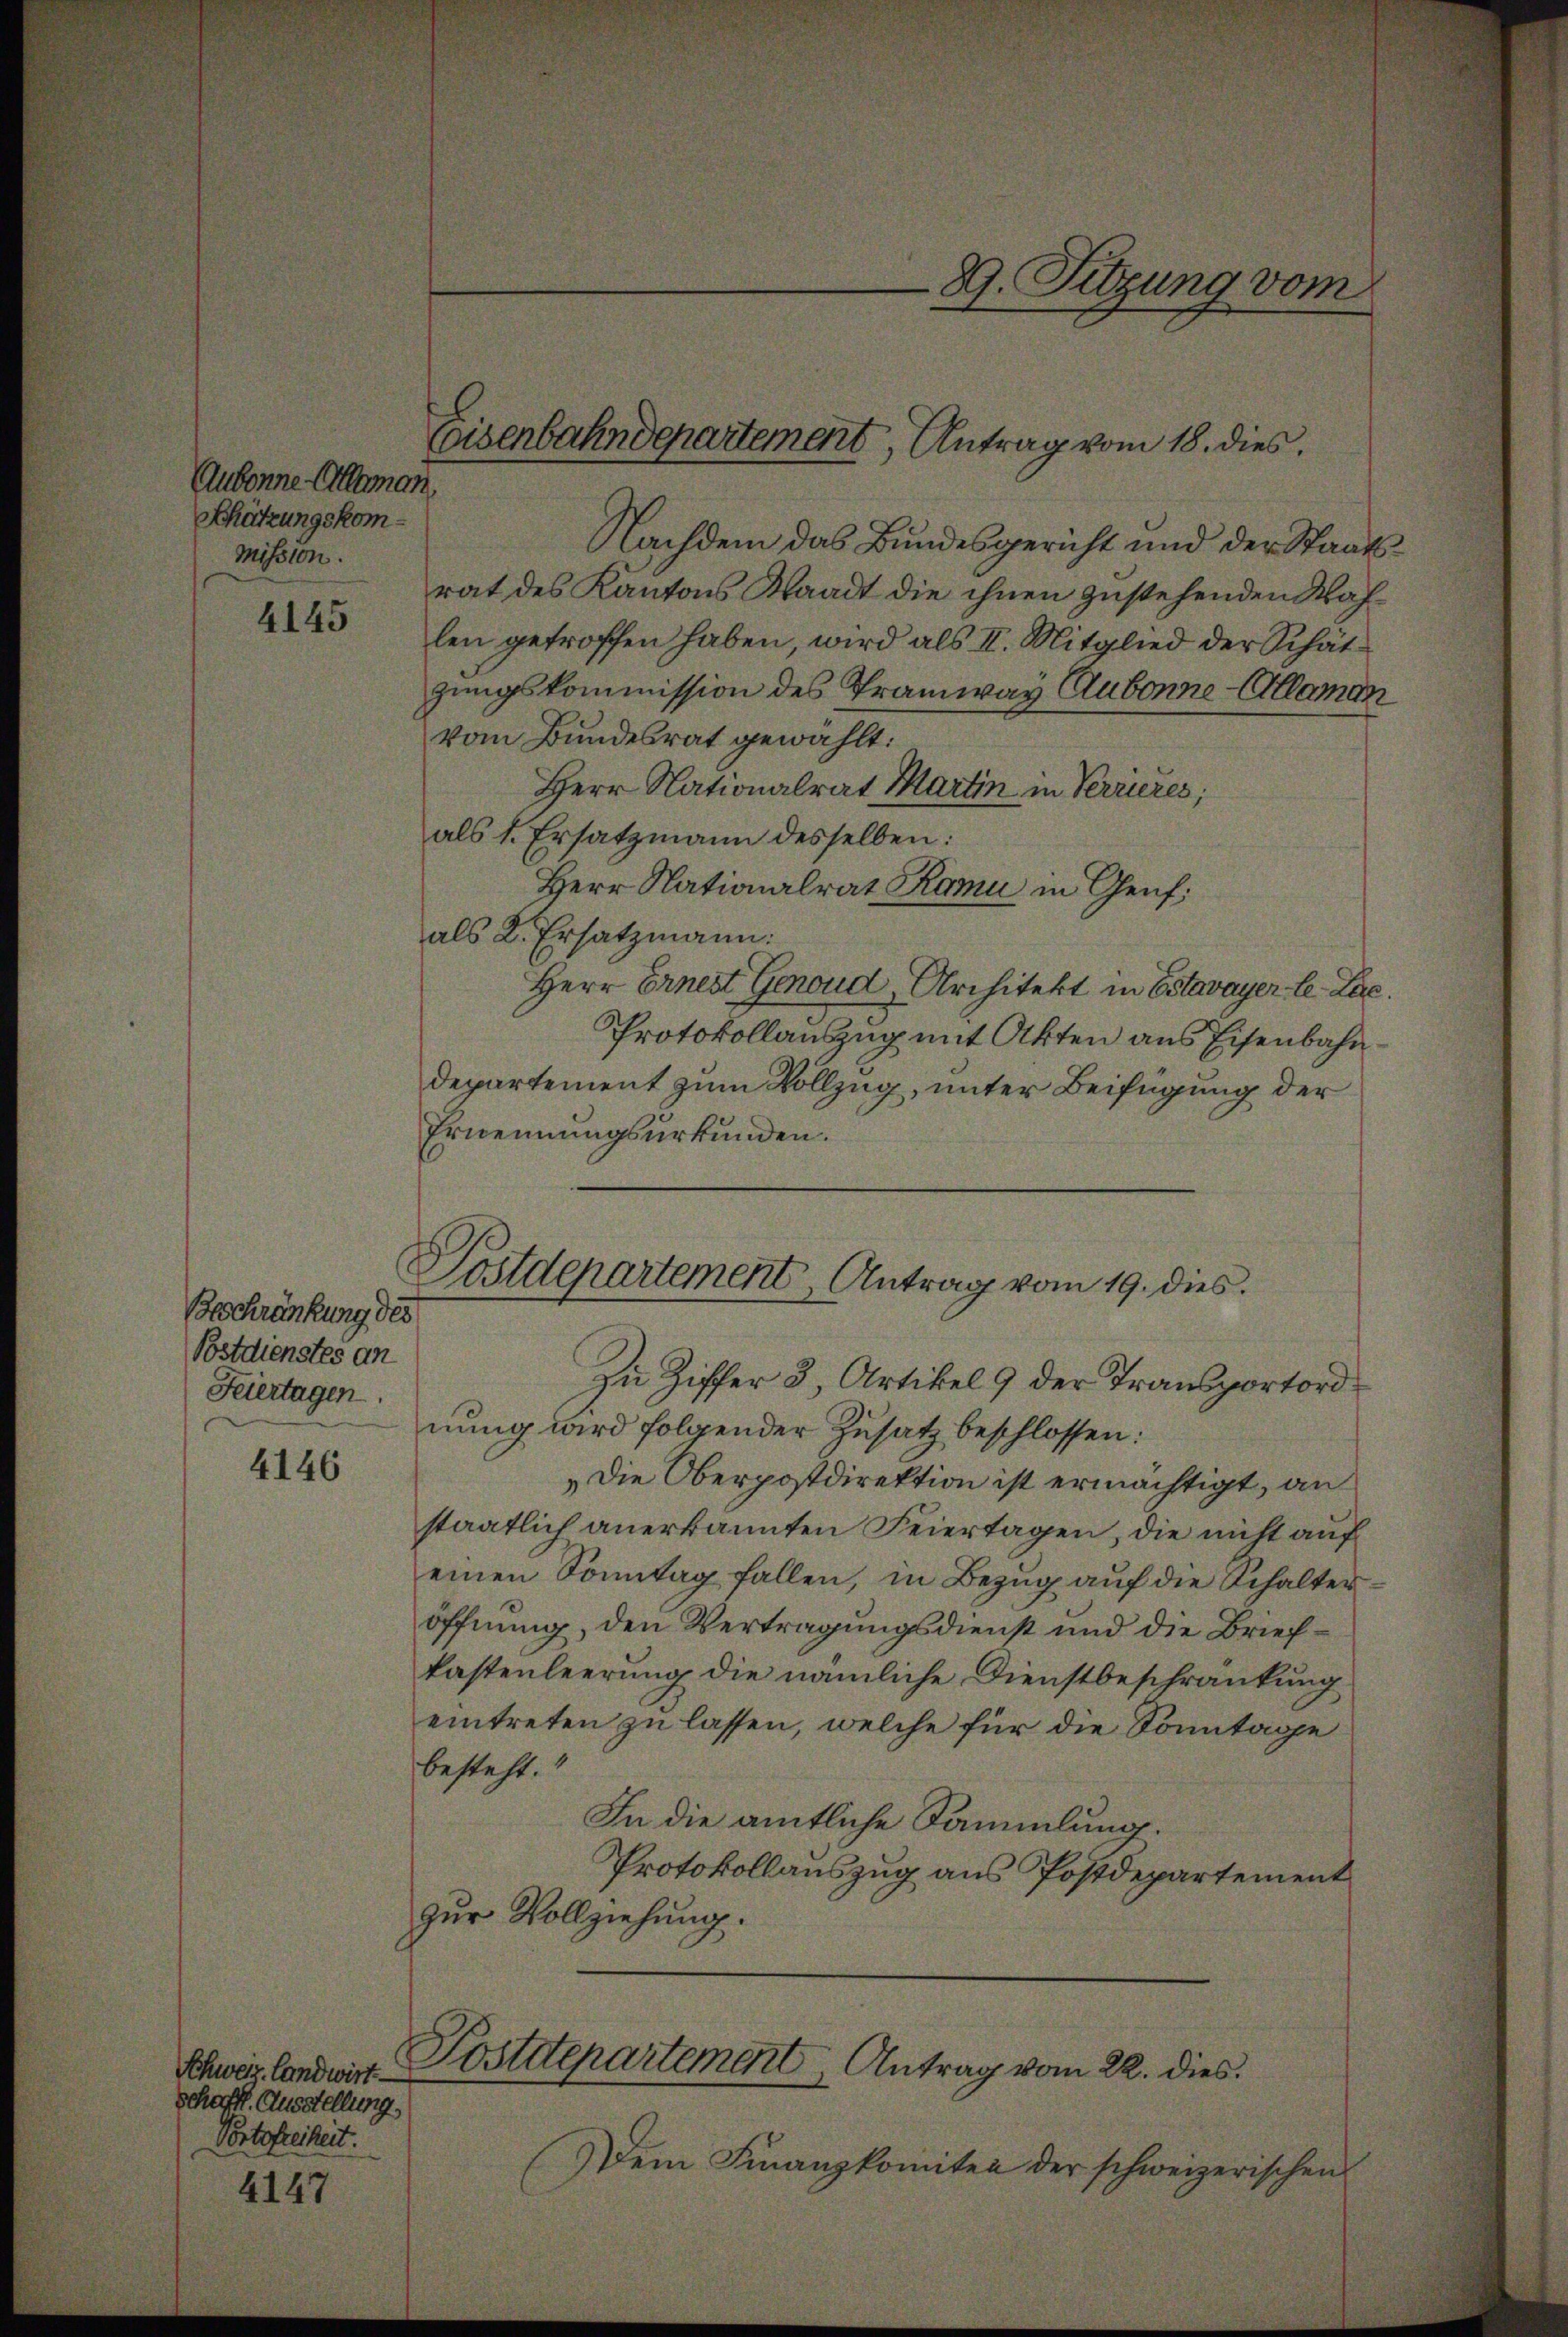
Aubonne Alleman,
Schatzungskommission.

4145

Beschränkung des
Bostdienstes an
Feiertagen.

4146

Schweiz. Landwirt.
schafft. Ausstellung.
Portofreiheit.

4147

Nachdem das Bundesgericht und der Staatsrat des Kantons Staadt die ihnen zustehenden Waflen getroffen haben, wird als II. Mitglied der Schätzungskommission des Tramway Aubonne-Allaman
vom Bundesrat gewählt:
Herr Nationalrat Martin, in Verrieres,
als 1. Ersatzmann desselben:
Herr Nationalrat Rami in Genf,
als 2. Ersatzmann:
Herr Ernest Genoud Architekt in Estavayer-le-Lee.
Protokollauszug mit Akten aus Eisenbahn¬
Departement zum Vollzug, unter Beifügung der
Ernennungsurkunden.

Eisenbahndepartement, Antrag vom 18. dies

Postdepartement Antrag vom 19. dies

Zu Ziffer 3, Artikel 9 der Transportordnung wird folgender Zusatz beschlossen:
„Die Oberpostdirektion ist ermächtigt, an
staatlich anerkannten Feiertagen, die nicht auf
einen Sonntag fallen, in Bezug auf die Schalteröffnung, den Vertragungsdienst und die Briefkastenleerung die nämliche Dienstbeschränkung
eintreten zu lassen, welche für die Sonntage
besteht.
In die amtliche Sammlung.
Protokollauszug aus Postdepartement
zur Vollziehung.

Postdepartement Antrag vom 22. dies

Dem Finanzkomiten der schweizerischen

29. Sitzung vom